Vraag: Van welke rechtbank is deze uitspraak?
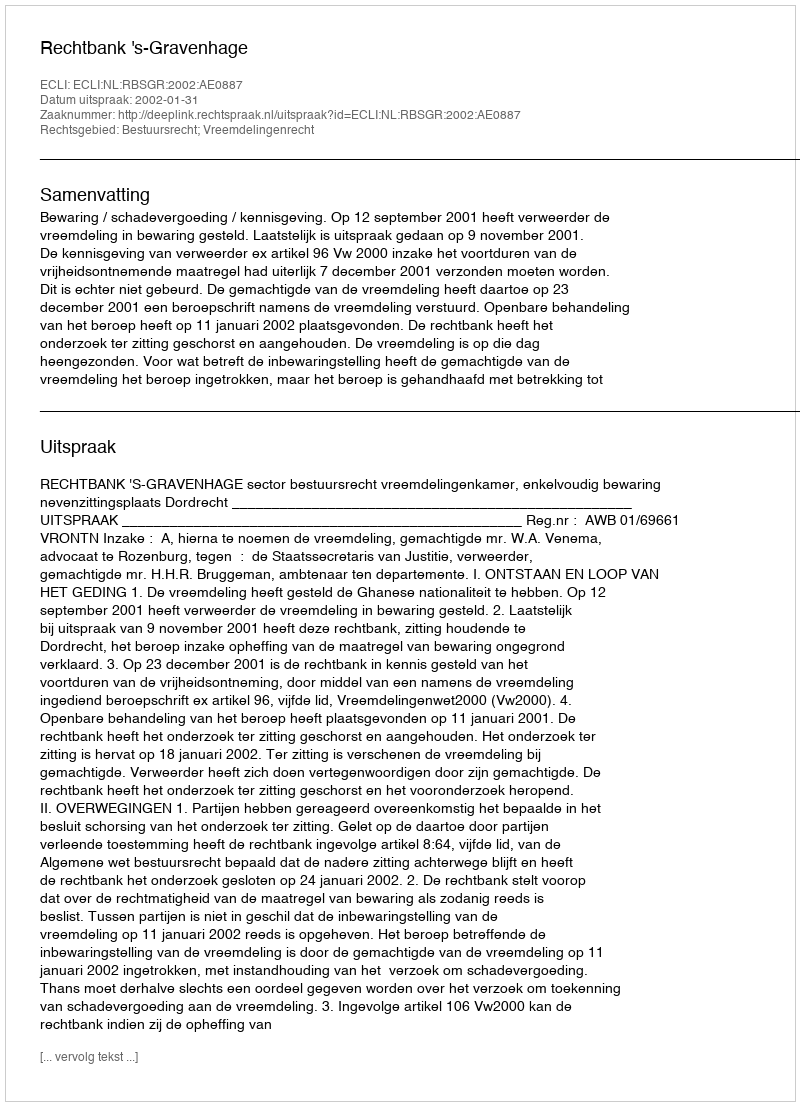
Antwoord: Rechtbank 's-Gravenhage